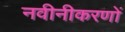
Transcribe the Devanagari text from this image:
नवीनीकरणों